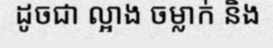
ដូចជា ល្អាង ចម្លាក់ និង